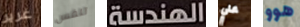
غرير تنفس الهندسة علي هوو